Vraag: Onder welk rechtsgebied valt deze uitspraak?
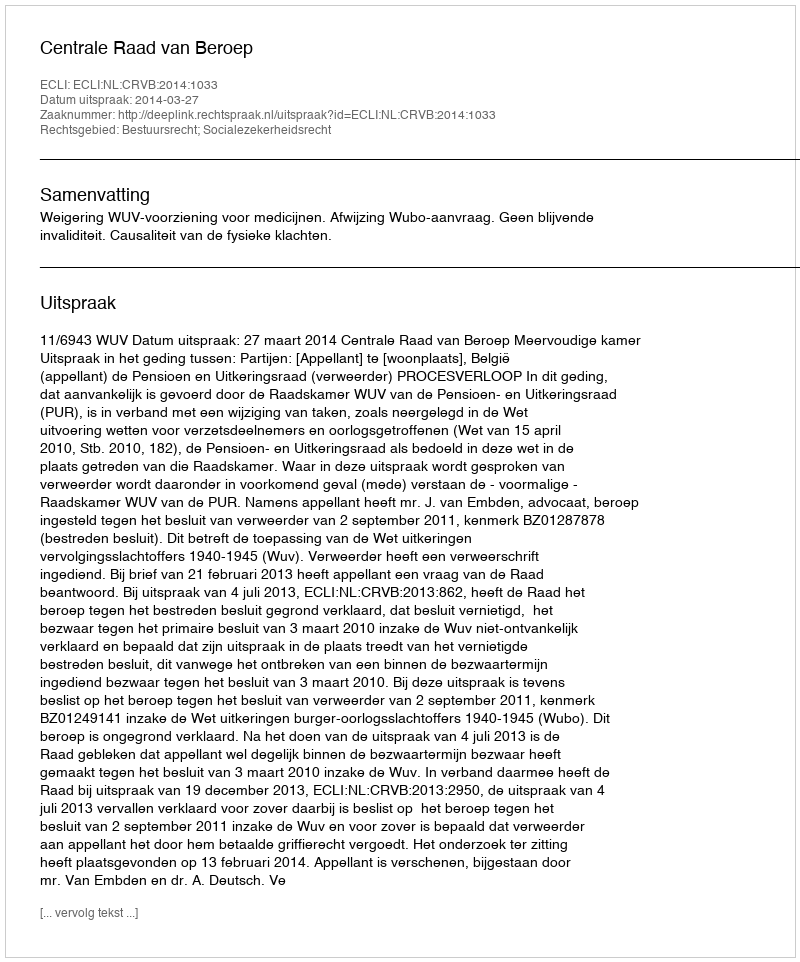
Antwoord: Bestuursrecht; Socialezekerheidsrecht